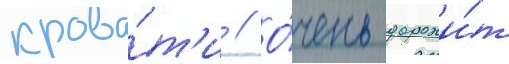
крова́т'и // О́чень дорожи́т